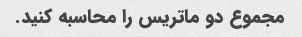
مجموع دو ماتریس را محاسبه کنید.